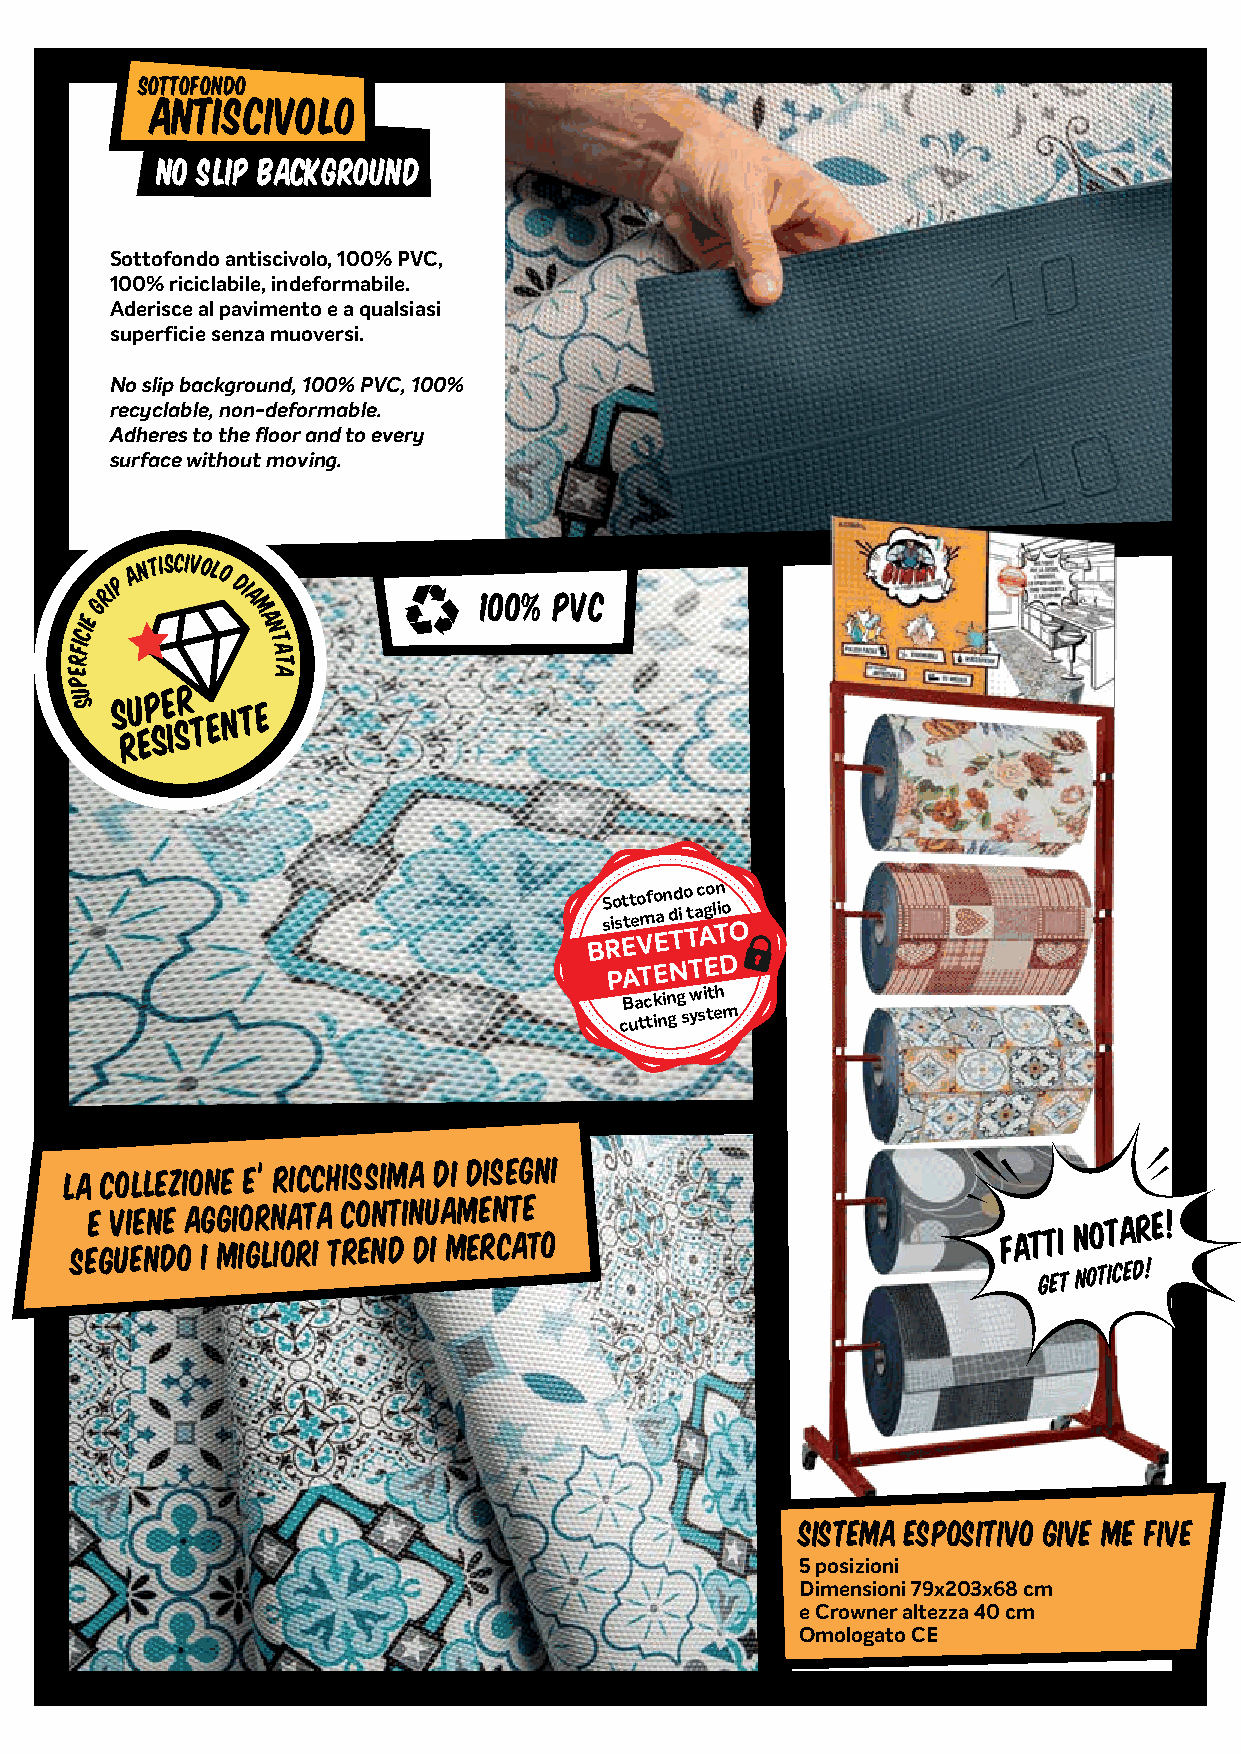
SOTTOFONDO
 ANTISCIVOLO
 NO SLIP BACKGROUND
 Sottofondo antiscivolo, 100% PVC,
 100% riciclabile, indeformabile.
 Aderisce al pavimento e a qualsiasi
 superficie senza muoversi.
 No slip background, 100% PVC, 100%
 recyclable, non-deformable.
 Adheres to the floor and to every
 surface without moving.
 GRIP
 a n tiscivolo
 di
 a               100% PVC
 CIE
 m
 a
 n
 FI           t
 a
 R             t
 E             a
 P
 U
 S
 S sio st tt eo mfo an dd i o t ac go ln io
 Backing with
 cutting
 system
 LA COLLEZIONE E’ RICCHISSIMA DI DISEGNI
 SEE
 G
 V UI EE NN DE OA IG G MI IO GR LN IOA RT IA
 T
 C RO ENN DTI N DU
 I
 A MM EE RN CT AE
 T O                            FATTI
 NOTARE!
 sistema espositivo give me five
 5 posizioni
 Dimensioni 79x203x68 cm
 e Crowner altezza 40 cm
 Omologato CE
 G E T N O T CI E D !